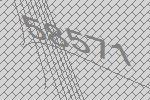
58571